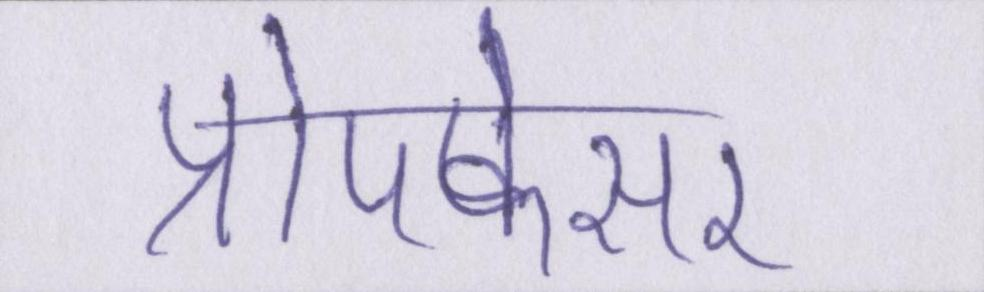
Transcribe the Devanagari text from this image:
प्रोपफेसर